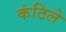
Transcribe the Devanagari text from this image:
कंठिले